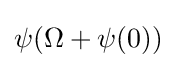
\psi (\Omega +\psi (0))